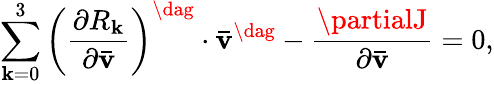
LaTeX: \sum_{\mathbf{k}=0}^{3}{{{\left({\frac{{{\partial{R_{\mathbf{k}}}}}}{{{\partial{\mathbf{{\bar{{v}}}}}}}}}\right)}^{\dag}}\cdot{{{\mathbf{{\bar{{v}}}}}}^{\dag}}}-\frac{{{\partialJ}}}{{{\partial{\mathbf{{\bar{{v}}}}}}}}=0,